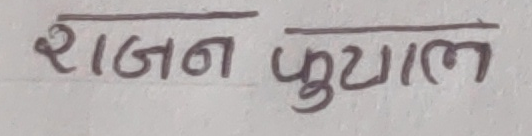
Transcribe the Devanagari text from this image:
राजन फुयाल